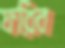
ফরিব